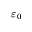
\varepsilon _ { 0 }